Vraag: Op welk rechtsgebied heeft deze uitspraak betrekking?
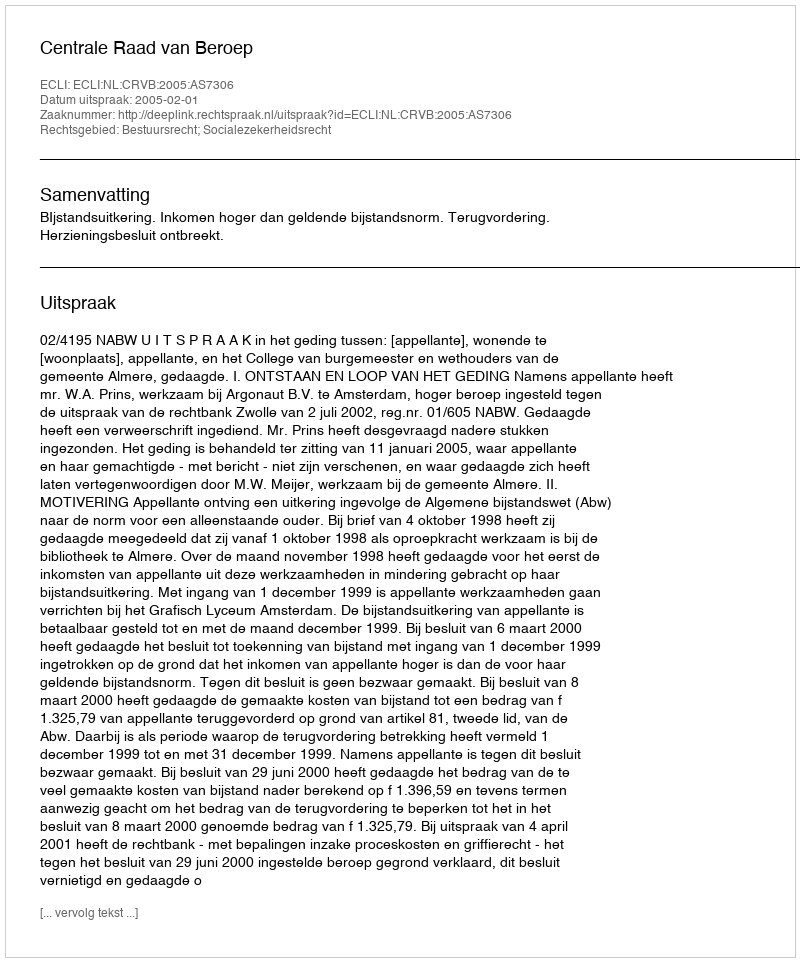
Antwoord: Bestuursrecht; Socialezekerheidsrecht